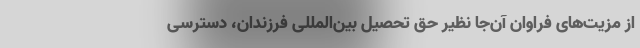
از مزیت‌های فراوان آن‌جا نظیر حق تحصیل بین‌المللی فرزندان، دسترسی